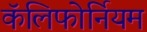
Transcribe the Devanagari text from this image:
कॅलिफोर्नियम